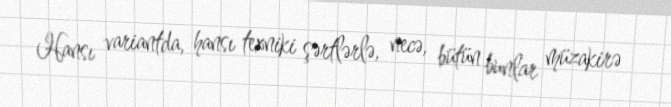
Hansı variantda, hansı texniki şərtlərlə, necə, bütün bunlar müzakirə